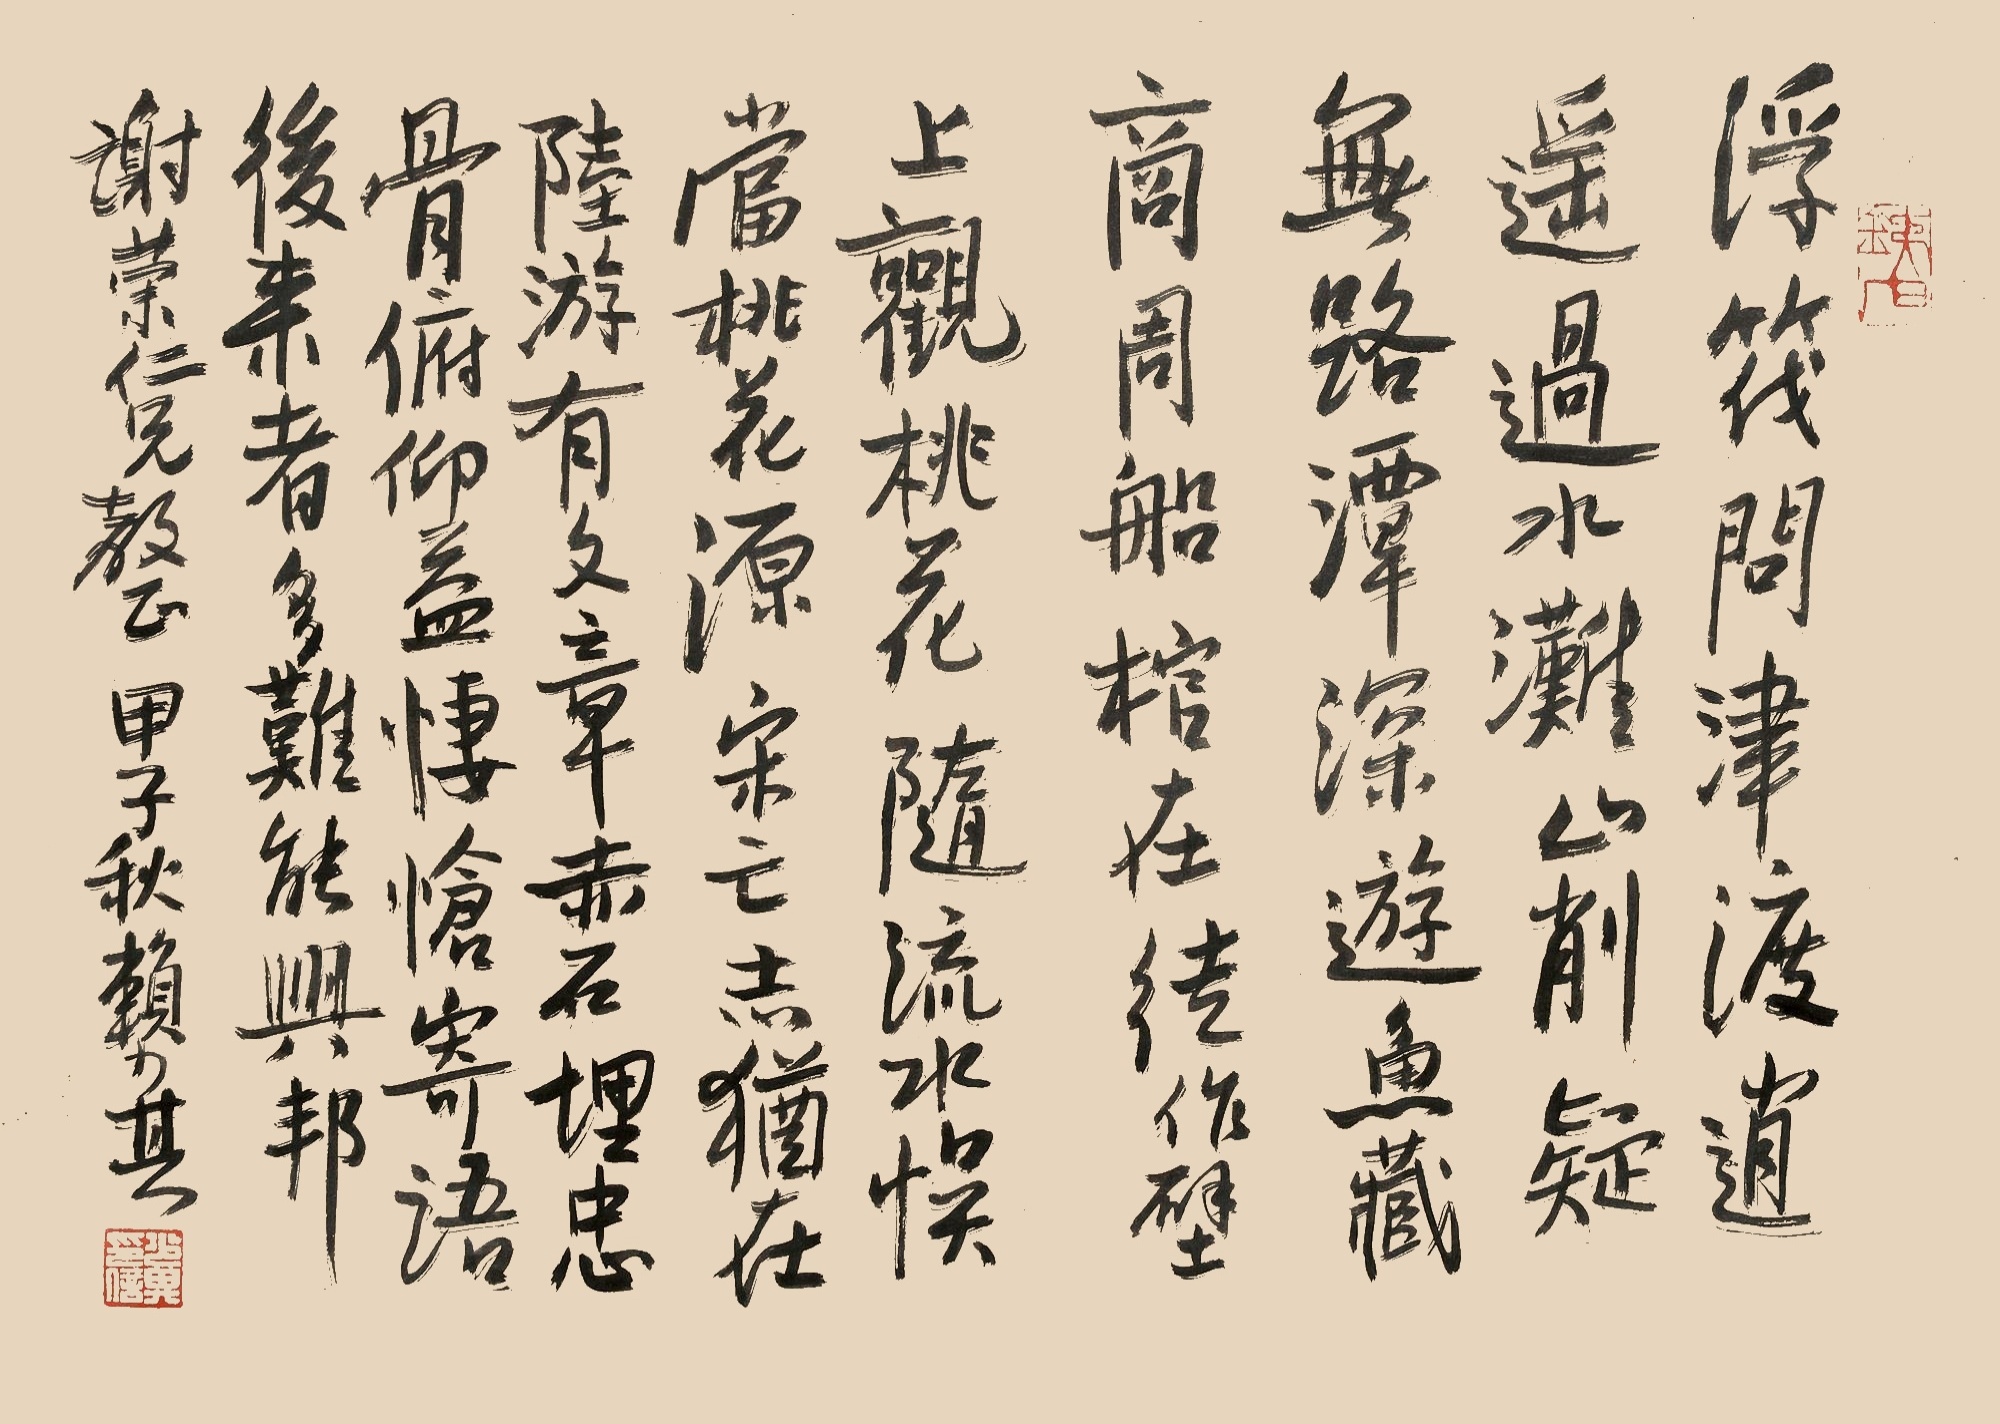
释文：浮筏问津渡，逍遥过水滩。山削疑无路，潭深游鱼藏。商周船棺在，徒作壁上观。桃花随流水，误入桃花源。宋亡志犹在，陆游有华章。赤石埋忠骨，俯仰益凄怆。寄语后来者，多难能兴邦。谢荣仁兄教正，甲子秋赖少其。